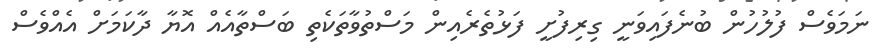
ނަމަވެސް ފުލުހުން ބުނެފައިވަނީ ގިރިފުށީ ފަޅުތެރެއިން މަސްތުވާތަކެތި ބަސްތާއެއް އޮޔާ ދާކަމަށް އެއްވެސް